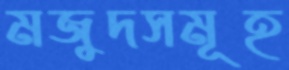
মজুদসমূহ